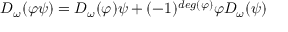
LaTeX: D _ { \omega } ( \varphi \psi ) = D _ { \omega } ( \varphi ) \psi + ( - 1 ) ^ { d e g ( \varphi ) } \varphi D _ { \omega } ( \psi )